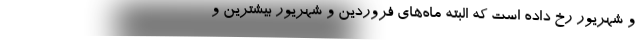
و شهریور رخ داده است که البته ماه‌های فروردین و شهریور بیشترین و